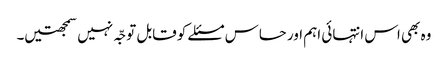
وہ بھی اس انتہائی اہم اور حساس مسئلے کو قابل توجّہ نہیں سمجھتیں۔